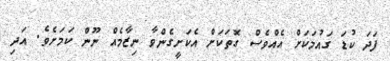
ފަދަ ކުޑަ ގައުމަކަށް އެއްވެސް ގޮތަކަށް އެކަށީގެންވާ ނިޒާމެއް ނޫން ކަމަށެވެ. އަދި